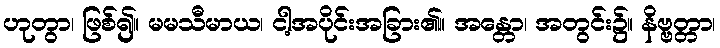
ဟုတွာ၊ ဖြစ်၍။ မမသီမာယ၊ ငါ့အပိုင်းအခြား၏။ အန္တော၊ အတွင်း၌။ နိဗ္ဗတ္တာ၊